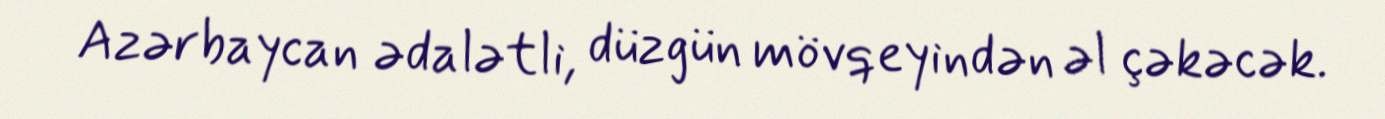
Azərbaycan ədalətli, düzgün mövqeyindən əl çəkəcək.